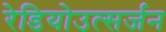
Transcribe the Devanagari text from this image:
रेडियोउत्सर्जन